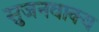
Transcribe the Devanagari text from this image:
सुजनवाक्य